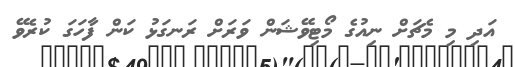
އަދި މި މެޗަށް ނިއުގެ މޯޓިވޭޝަން ވަރަށް ރަނގަޅު ކަން ފާހަގަ ކުރެވޭ